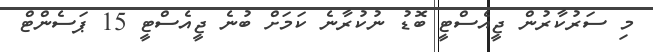
މި ސަރުކާރުން ޖީއެސްޓީ ބޮޑު ނުކުރާނެ ކަމަށް ބުނެ ޖީއެސްޓީ 15 ޕަސެންޓް